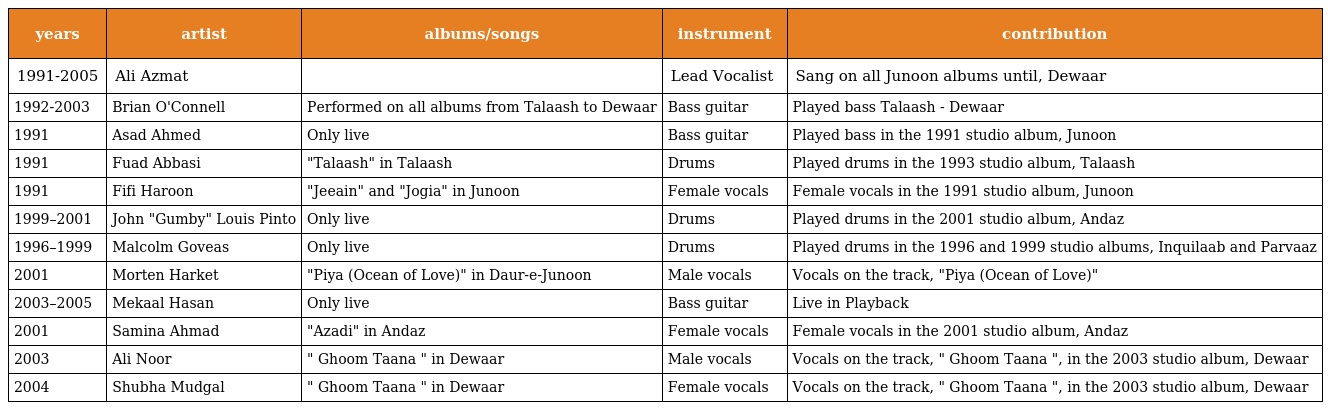
| years | artist | albums/songs | instrument | contribution |
 | --- | --- | --- | --- | --- |
 | 1991-2005 | Ali Azmat |  | Lead Vocalist | Sang on all Junoon albums until, Dewaar |
 | 1992-2003 | Brian O'Connell | Performed on all albums from Talaash to Dewaar | Bass guitar | Played bass Talaash - Dewaar |
 | 1991 | Asad Ahmed | Only live | Bass guitar | Played bass in the 1991 studio album, Junoon |
 | 1991 | Fuad Abbasi | "Talaash" in Talaash | Drums | Played drums in the 1993 studio album, Talaash |
 | 1991 | Fifi Haroon | "Jeeain" and "Jogia" in Junoon | Female vocals | Female vocals in the 1991 studio album, Junoon |
 | 1999–2001 | John "Gumby" Louis Pinto | Only live | Drums | Played drums in the 2001 studio album, Andaz |
 | 1996–1999 | Malcolm Goveas | Only live | Drums | Played drums in the 1996 and 1999 studio albums, Inquilaab and Parvaaz |
 | 2001 | Morten Harket | "Piya (Ocean of Love)" in Daur-e-Junoon | Male vocals | Vocals on the track, "Piya (Ocean of Love)" |
 | 2003–2005 | Mekaal Hasan | Only live | Bass guitar | Live in Playback |
 | 2001 | Samina Ahmad | "Azadi" in Andaz | Female vocals | Female vocals in the 2001 studio album, Andaz |
 | 2003 | Ali Noor | " Ghoom Taana " in Dewaar | Male vocals | Vocals on the track, " Ghoom Taana ", in the 2003 studio album, Dewaar |
 | 2004 | Shubha Mudgal | " Ghoom Taana " in Dewaar | Female vocals | Vocals on the track, " Ghoom Taana ", in the 2003 studio album, Dewaar |